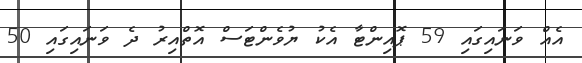
އެއް ވަނައިގައި 59 ޕޮއިންޓާ އެކު ޔުވެންޓަސް އޮތްއިރު ދެ ވަނައިގައި 50